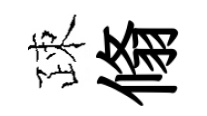
疎翛